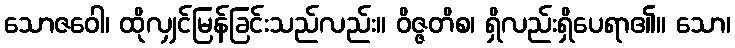
သောဇဝေါ၊ ထိုလျှင်မြန်ခြင်းသည်လည်း။ ဝိဇ္ဇတိစ၊ ရှိလည်းရှိပေရာ၏။ သော၊